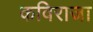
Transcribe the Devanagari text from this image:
कविराजा